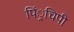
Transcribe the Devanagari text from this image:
पिं्रचिपी